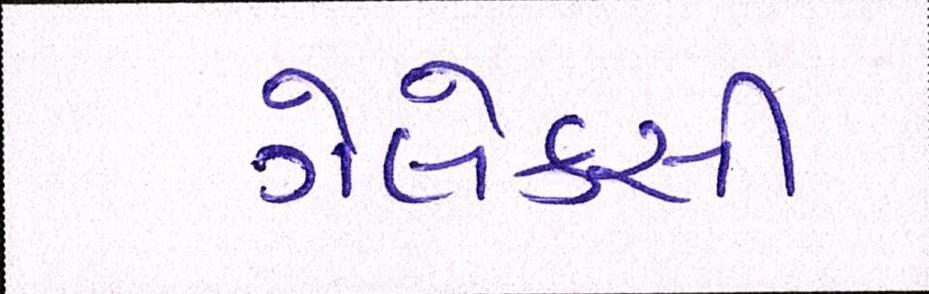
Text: ગેલેક્સી